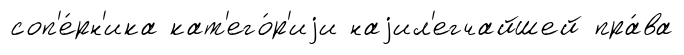
соп'е́рн'ика кат'его́р'иjи наjил'егчайшей пра́ва